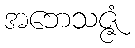
အဘေသဇ္ဇံ